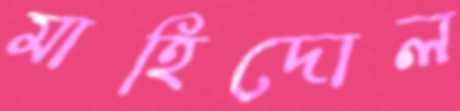
মাহিদোল